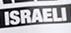
israeli